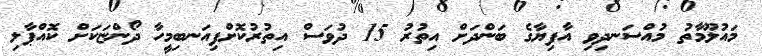
މައުލޫމާތު މުއްސަނދިވި އާފިޔާގެ ބަންދަށް އިތުރު 15 ދުވަސް އިތުރުކޮށްފިއަނބިމީހާ ދޯންޏަކަށް ކޮއްޕާލި